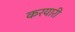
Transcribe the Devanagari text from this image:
करयारी